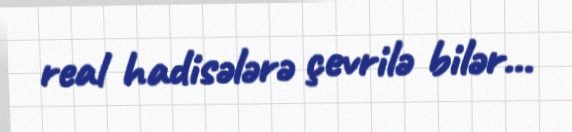
real hadisələrə çevrilə bilər...